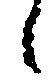
候